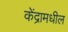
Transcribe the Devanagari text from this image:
केंद्रामधील